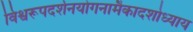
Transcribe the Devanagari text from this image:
विश्वरूपदर्शनयोगनामैकादशोध्याय